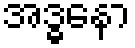
အဒ္ဓနော